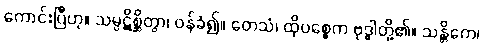
ကောင်းပြီဟု။ သမ္ပဋိစ္ဆိတွာ၊ ဝန်ခံ၍။ တေသံ၊ ထိုပစ္စေက ဗုဒ္ဓါတို့၏။ သန္တိကေ၊